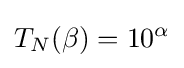
T_{N}(\beta )=10^{\alpha }